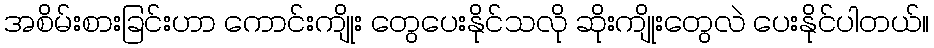
အစိမ်းစားခြင်းဟာ ကောင်းကျိုး တွေပေးနိုင်သလို ဆိုးကျိုးတွေလဲ ပေးနိုင်ပါတယ်။